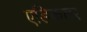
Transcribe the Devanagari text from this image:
एडिकलर